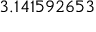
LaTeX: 3 . 1 4 1 5 9 2 6 5 3